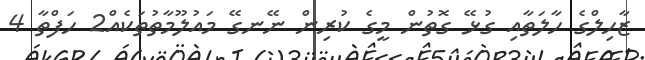
ޒާހިލްގެ ހާލަތާއި ގުޅޭ ގޮތުން މީގެ ކުރިން ނޭނގޭ މައުލޫމާތުތަކެއް2 ހަފްތާ 4